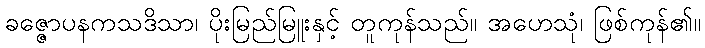
ခဇ္ဇောပနကသဒိသာ၊ ပိုးမြည်မြူးနှင့် တူကုန်သည်။ အဟေသုံ၊ ဖြစ်ကုန်၏။